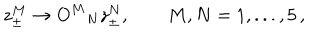
z _ { \pm } ^ { M } \rightarrow O ^ { M } { } _ { N } z _ { \pm } ^ { N } , \qquad M , N = 1 , . . . , 5 \, ,